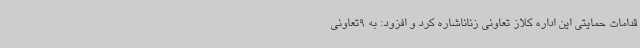
قدامات حمایتی این اداره کلاز تعاونی زناناشاره کرد و افزود: به 9تعاونی